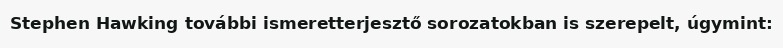
Stephen Hawking további ismeretterjesztő sorozatokban is szerepelt, úgymint: